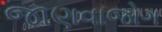
જાણવાજોગ